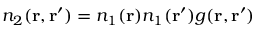
n _ { 2 } ( \mathbf { r } , \mathbf { r } ^ { \prime } ) = n _ { 1 } ( \mathbf { r } ) n _ { 1 } ( \mathbf { r } ^ { \prime } ) g ( \mathbf { r } , \mathbf { r } ^ { \prime } )